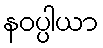
နဝပ္ပါယာ